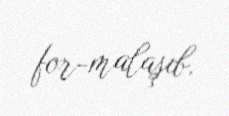
for­malaşıb.